Problem: 12 × 4 = ?
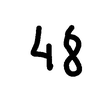
Handwritten answer: 48